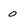
Character: 0